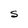
Character: S